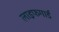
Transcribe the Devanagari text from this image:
लाइफगार्ड